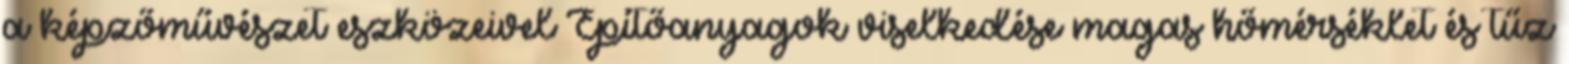
a képzőművészet eszközeivel Építőanyagok viselkedése magas hőmérséklet és tűz